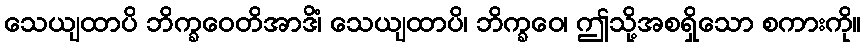
သေယျထာပိ ဘိက္ခဝေတိအာဒိံ၊ သေယျထာပိ၊ ဘိက္ခဝေ၊ ဤသို့အစရှိသော စကားကို။